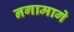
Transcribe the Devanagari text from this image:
नगामागे